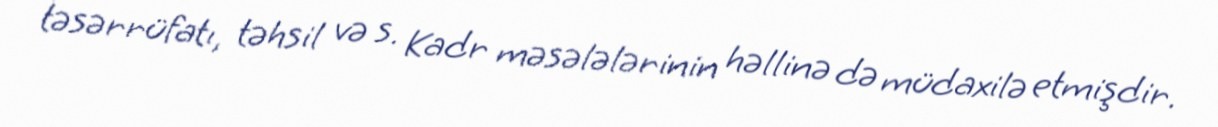
təsərrüfatı, təhsil və s. Kadr məsələlərinin həllinə də müdaxilə etmişdir.